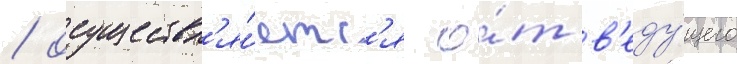
/ осуществл'я́етс'я о́т в'еду́щего